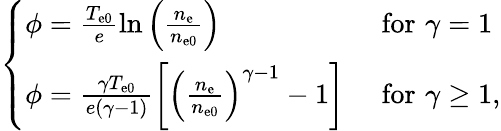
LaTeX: \begin{array}{r}{\left\{ \begin{array}{ll}{\phi=\frac{T_{\mathrm{e0}}}{e}\ln\left(\frac{n_{\mathrm{e}}}{n_{\mathrm{e0}}}\right)}&{\, \, \mathrm{for}\, \, \gamma=1}\\ {\phi=\frac{\gamma T_{\mathrm{e0}}}{e(\gamma-1)}\left[\left(\frac{n_{\mathrm{e}}}{n_{\mathrm{e0}}}\right)^{\gamma-1}-1\right]}&{\, \, \mathrm{for}\, \, \gamma\ge 1,}\end{array}\right.}\end{array}